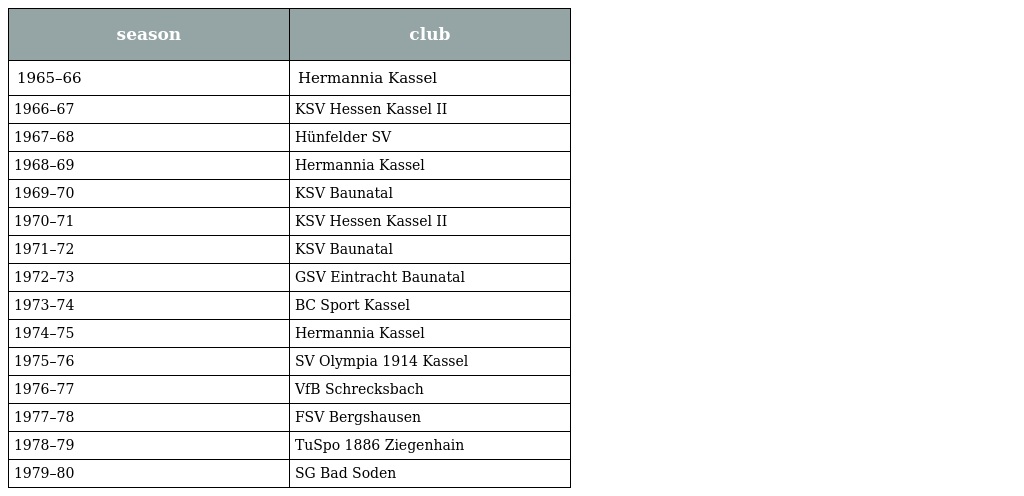
| season | club |
 | --- | --- |
 | 1965–66 | Hermannia Kassel |
 | 1966–67 | KSV Hessen Kassel II |
 | 1967–68 | Hünfelder SV |
 | 1968–69 | Hermannia Kassel |
 | 1969–70 | KSV Baunatal |
 | 1970–71 | KSV Hessen Kassel II |
 | 1971–72 | KSV Baunatal |
 | 1972–73 | GSV Eintracht Baunatal |
 | 1973–74 | BC Sport Kassel |
 | 1974–75 | Hermannia Kassel |
 | 1975–76 | SV Olympia 1914 Kassel |
 | 1976–77 | VfB Schrecksbach |
 | 1977–78 | FSV Bergshausen |
 | 1978–79 | TuSpo 1886 Ziegenhain |
 | 1979–80 | SG Bad Soden |